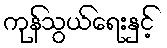
ကုန်သွယ်ရေးနှင့်